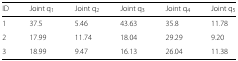
<table><thead><tr><td><b>ID</b></td><td><b>Joint q<sub>1</sub></b></td><td><b>Joint q<sub>2</sub></b></td><td><b>Joint q<sub>3</sub></b></td><td><b>Joint q<sub>4</sub></b></td><td><b>Joint q<sub>5</sub></b></td></tr></thead><tbody><tr><td>1</td><td>37.5</td><td>5.46</td><td>43.63</td><td>35.8</td><td>11.78</td></tr><tr><td>2</td><td>17.99</td><td>11.74</td><td>18.04</td><td>29.29</td><td>9.20</td></tr><tr><td>3</td><td>18.99</td><td>9.47</td><td>16.13</td><td>26.04</td><td>11.38</td></tr></tbody></table>